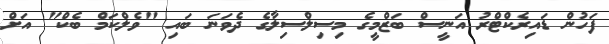
ފަހުން ޑައިރެކްޓްރު އަނީސް ބަޒްމީގެ މިސިލްސިލާގެ ދެވަނަ ބައި "ވެލްކަމް ބެކް" އަށް